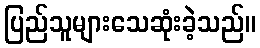
ပြည်သူများသေဆုံးခဲ့သည်။